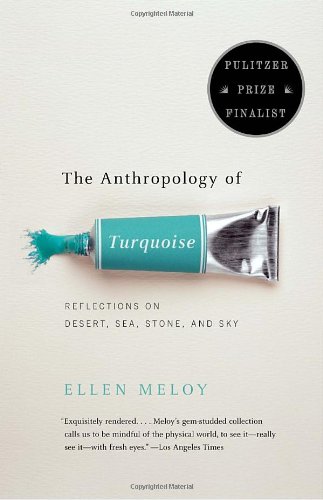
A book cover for The Anthropology of Turquoise: Reflections on Desert, Sea, Stone, and Sky; Ellen Meloy; Science & Math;